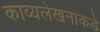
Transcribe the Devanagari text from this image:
काव्यलेखनाकडे